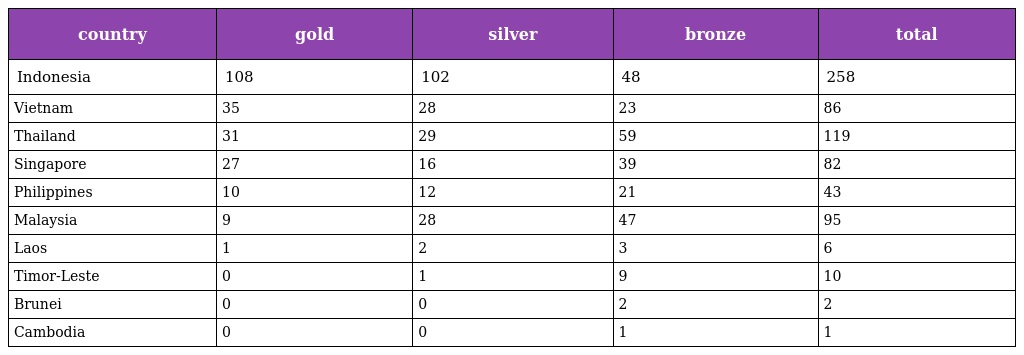
| country | gold | silver | bronze | total |
 | --- | --- | --- | --- | --- |
 | Indonesia | 108 | 102 | 48 | 258 |
 | Vietnam | 35 | 28 | 23 | 86 |
 | Thailand | 31 | 29 | 59 | 119 |
 | Singapore | 27 | 16 | 39 | 82 |
 | Philippines | 10 | 12 | 21 | 43 |
 | Malaysia | 9 | 28 | 47 | 95 |
 | Laos | 1 | 2 | 3 | 6 |
 | Timor-Leste | 0 | 1 | 9 | 10 |
 | Brunei | 0 | 0 | 2 | 2 |
 | Cambodia | 0 | 0 | 1 | 1 |